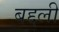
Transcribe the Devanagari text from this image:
बद्दली